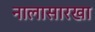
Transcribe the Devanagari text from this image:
नालासारखा